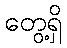
တွေ့ရှိ